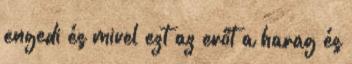
engedi és mivel ezt az erőt a harag és